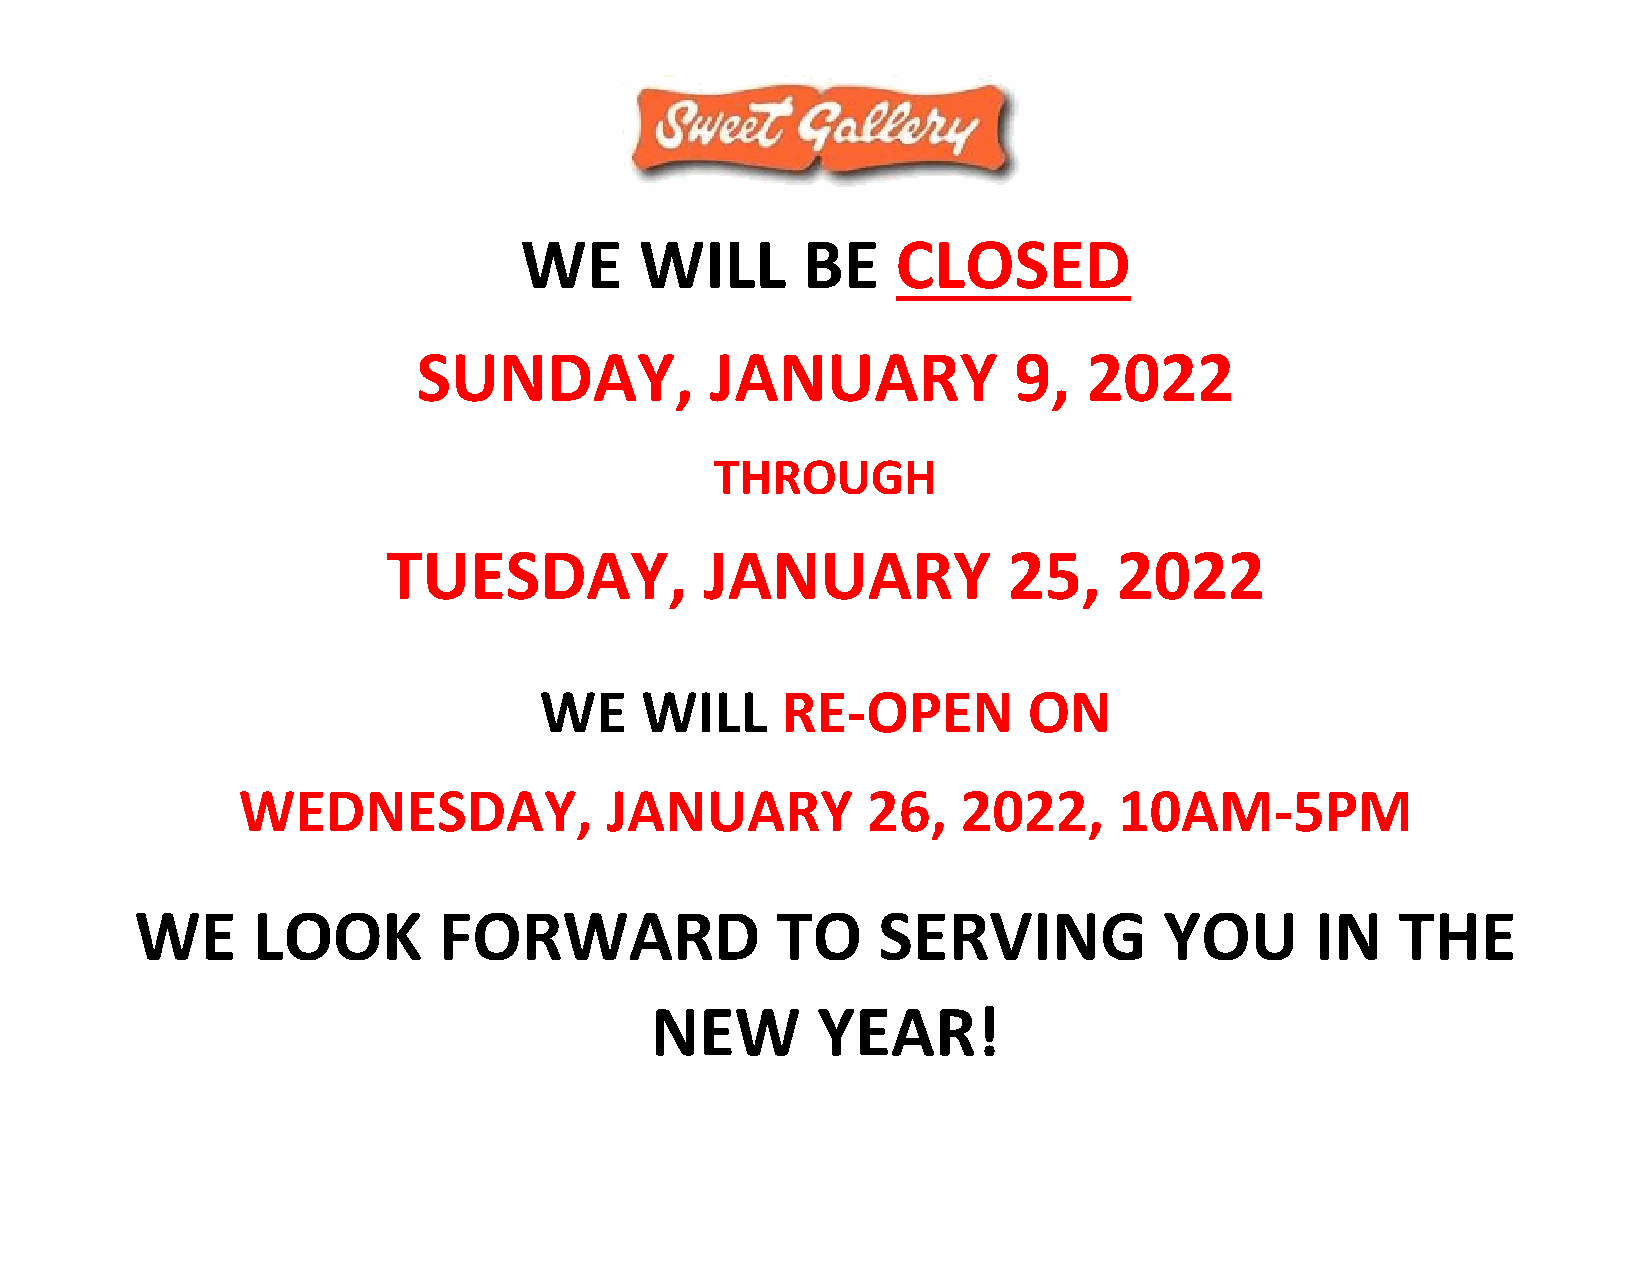
WE      WILL       BE    CLOSED
 SUNDAY,            JANUARY             9,   2022
 THROUGH
 TUESDAY,             JANUARY             25,    2022
 WE    WILL      RE-OPEN         ON
 WEDNESDAY,              JANUARY          26,    2022,     10AM-5PM
 WE      LOOK        FORWARD               TO     SERVING            YOU       IN    THE
 NEW        YEAR!